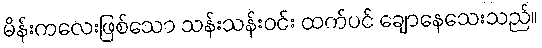
မိန်းကလေးဖြစ်သော သန်းသန်းဝင်း ထက်ပင် ချောနေသေးသည်။